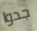
جدوا